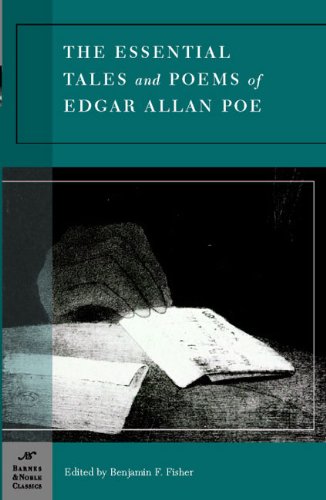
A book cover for The Essential Tales And Poems of Edgar Allen Poe (Barnes & Noble Classics); Edgar Allan Poe; Literature & Fiction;